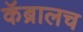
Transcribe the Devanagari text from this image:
कॅब्रालच